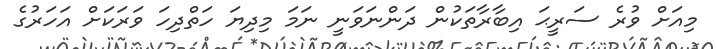
މިއަށް ވުރެ ސަރީޙަ އިބާރާތަކުން ދަންނަވަނީ ނަމަ މިދިޔަ ހަތްދިހަ ވަރަކަށް އަހަރުގެ